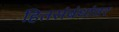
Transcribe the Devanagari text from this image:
हितसंबंधांवर